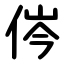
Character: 侺